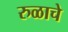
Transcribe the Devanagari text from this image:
रुळाचे